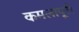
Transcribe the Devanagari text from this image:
कमलापूरी